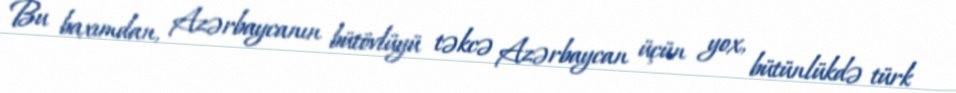
Bu baxımdan, Azərbaycanın bütövlüyü təkcə Azərbaycan üçün yox, bütünlükdə türk